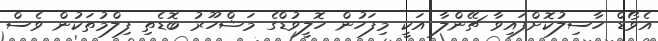
އެވޯޑް ހާސިލުކޮށްފައިވާ ޗޭންލާ އަކީ މިފަހުން ހޮލީވުޑްގެ މަޝްހޫރު ބޮޑެތި ފިލްމުތަކުން ވެސް